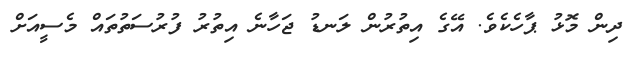
ދިން މޮޅު ޕާހެކެވެ. އޭގެ އިތުރުން ލަނޑު ޖަހާނެ އިތުރު ފުރުސަތުތައް މެސީއަށް